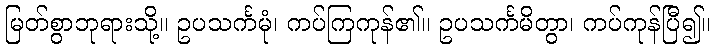
မြတ်စွာဘုရားသို့။ ဥပသင်္ကမုံ၊ ကပ်ကြကုန်၏။ ဥပသင်္ကမိတွာ၊ ကပ်ကုန်ပြီ၍။